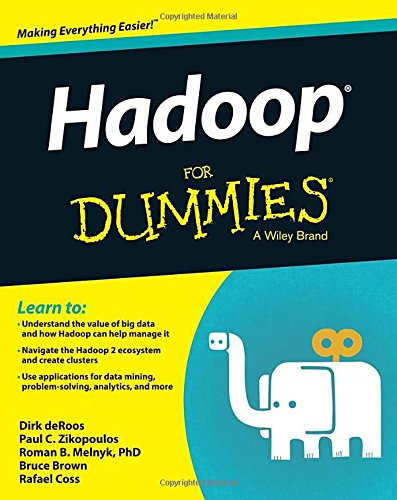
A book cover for Hadoop For Dummies; Dirk deRoos; Computers & Technology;